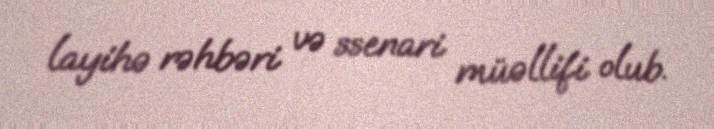
layihə rəhbəri və ssenari müəllifi olub.